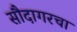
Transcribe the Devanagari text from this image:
सौदागरचा